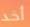
أخد